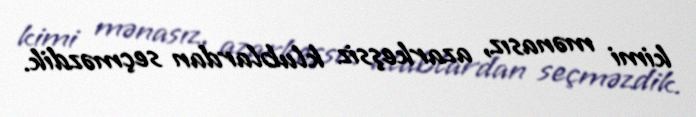
kimi mənasız, azarkeşsiz klublardan seçməzdik.